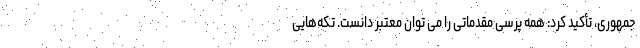
جمهوری، تأکید کرد: همه پرسی مقدماتی را می توان معتبر دانست. تکه‌هایی